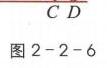
图2 - 2 - 6中仅有两个字母 \(C\) \(D\) 及标注 ，未涉及复杂排版内容，若以标准LATEX格式呈现，可表示为：
\[
\text{图2 - 2 - 6} \quad C \quad D
\]